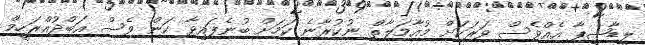
ލީޑާޝިޕާ އެއްވެސް ވަރަކަށް މުއާމަލާތް ނުކުރާނެ ކަމަށް ބުނެފައިވާ ކަން ވެސް އަބްދުއްރަހީމް